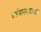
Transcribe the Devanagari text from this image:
वर्तमानपत्रांपेक्षा